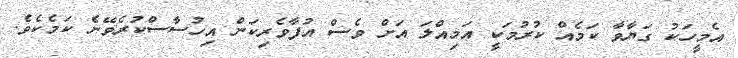
އެމީހަކު ގަޔާވާ ކަމެއް ކުރުމަކީ އަމިއްލަ އަށް ވެސް އުފާވެރިކަން އިހުސާސްކުރެވޭނެ ކަމެކެވެ.